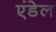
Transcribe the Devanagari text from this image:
एंडेल